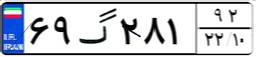
۹۰گ۵۵۸۹۹